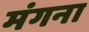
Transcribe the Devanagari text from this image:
मंगना